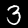
Digit: 3